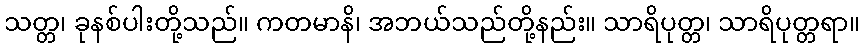
သတ္တ၊ ခုနစ်ပါးတို့သည်။ ကတမာနိ၊ အဘယ်သည်တို့နည်း။ သာရိပုတ္တ၊ သာရိပုတ္တရာ။